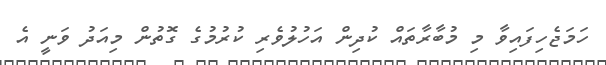
ހަމަޖެހިފައިވާ މި މުބާރާތައް ކުދިން އަހުލުވެރި ކުރުމުގެ ގޮތުން މިއަދު ވަނީ އެ